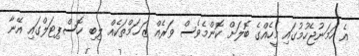
އެ ހަމަނުޖެހުމުގައި މީހެއްގެ ބޮލަށް ކޮންމެވެސް ވަރެއް ޒަޚަމްތަކެއް ލިބި ހޮސްޕިޓަލްގައި އޭނާ